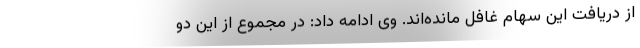
از دریافت این سهام غافل مانده‌اند. وی ادامه داد: در مجموع از این دو